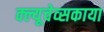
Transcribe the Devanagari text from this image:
क्ल्यूचेव्सकाया